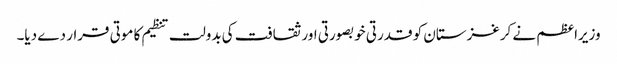
وزیراعظم نے کرغزستان کو قدرتی خوبصورتی اور ثقافت کی بدولت تنظیم کا موتی قرار دے دیا۔